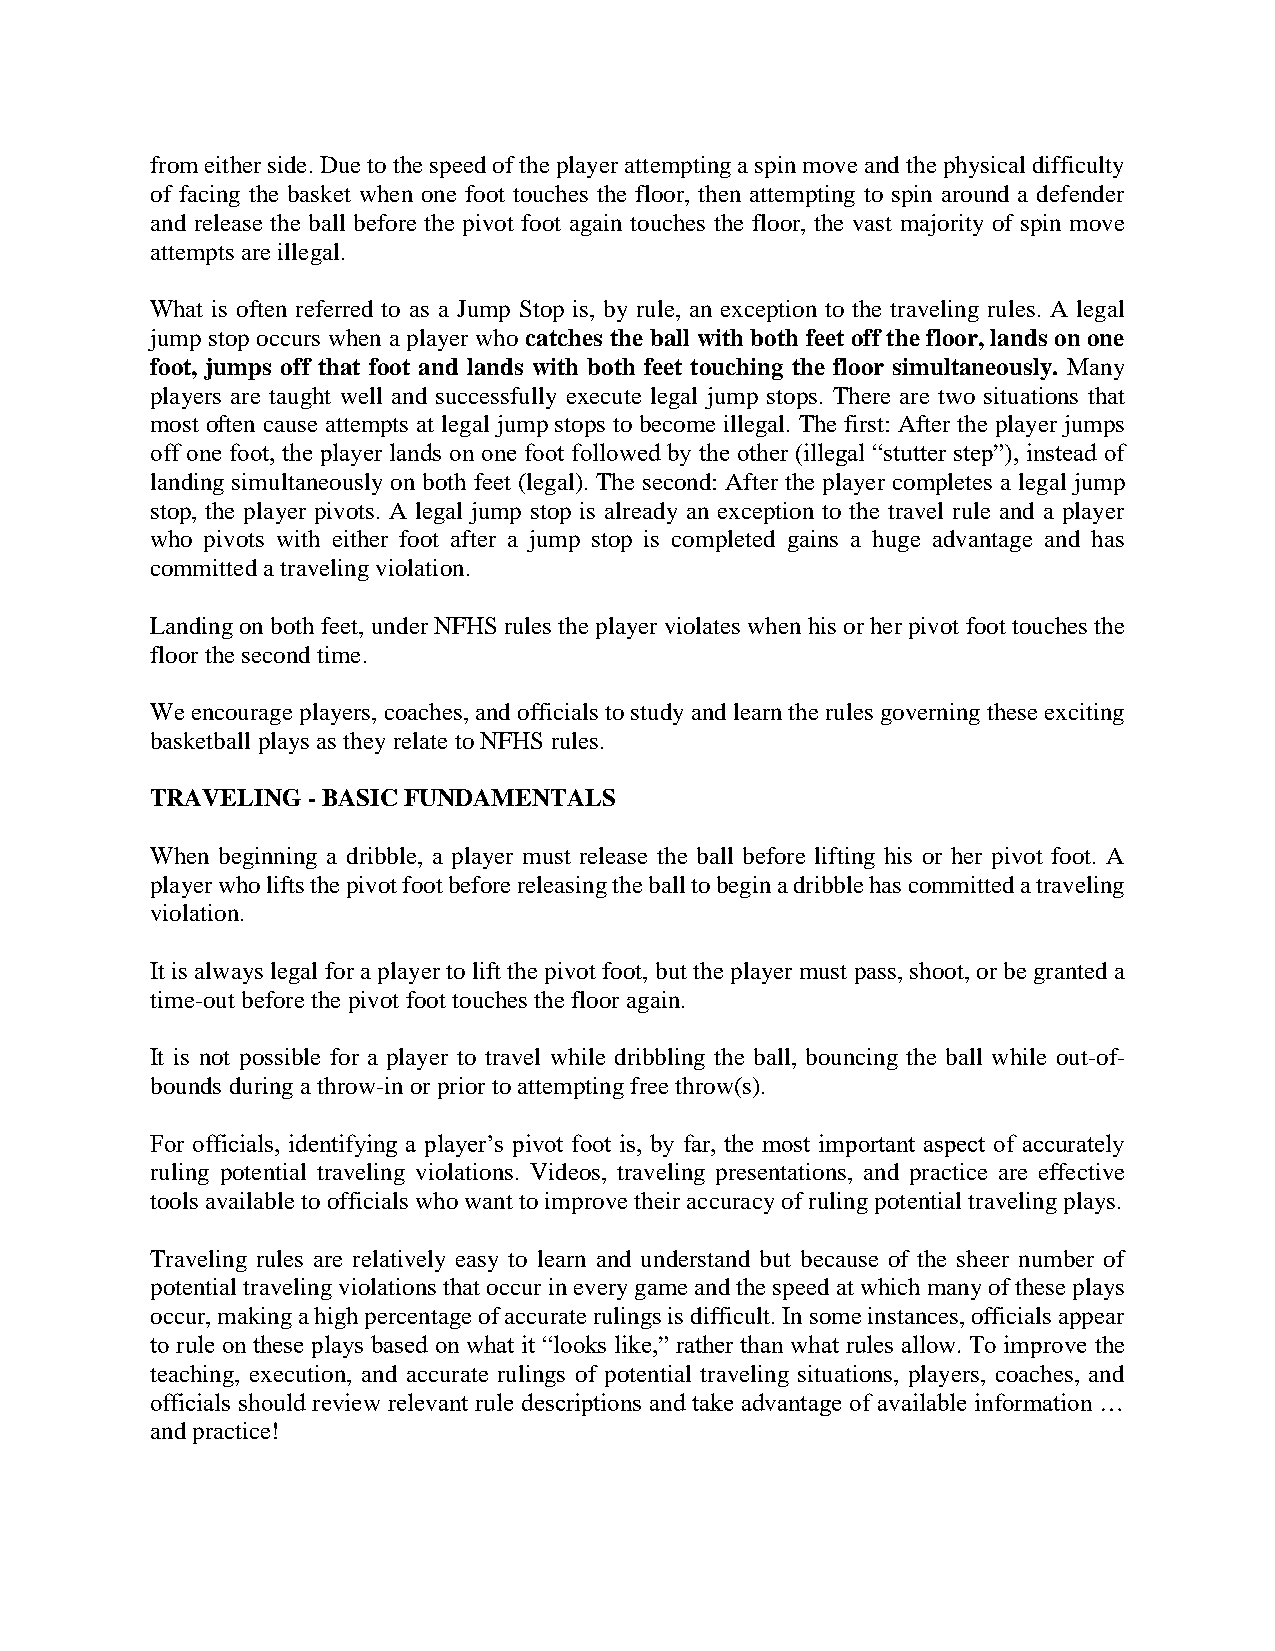
from either side. Due to the speed of the player attempting a spin move and the physical difficulty
 of facing the basket when one foot touches the floor, then attempting to spin around a defender
 and release the ball before the pivot foot again touches the floor, the vast majority of spin move
 attempts are illegal.
 What is often referred to as a Jump Stop is, by rule, an exception to the traveling rules. A legal
 jump stop occurs when a player who catches the ball with both feet off the floor, lands on one
 foot, jumps off that foot and lands with both feet touching the floor simultaneously. Many
 players are taught well and successfully execute legal jump stops. There are two situations that
 most often cause attempts at legal jump stops to become illegal. The first: After the player jumps
 off one foot, the player lands on one foot followed by the other (illegal “stutter step”), instead of
 landing simultaneously on both feet (legal). The second: After the player completes a legal jump
 stop, the player pivots. A legal jump stop is already an exception to the travel rule and a player
 who pivots with either foot after a jump stop is completed gains a huge advantage and has
 committed a traveling violation.
 Landing on both feet, under NFHS rules the player violates when his or her pivot foot touches the
 floor the second time.
 We encourage players, coaches, and officials to study and learn the rules governing these exciting
 basketball plays as they relate to NFHS rules.
 TRAVELING - BASIC FUNDAMENTALS
 When beginning a dribble, a player must release the ball before lifting his or her pivot foot. A
 player who lifts the pivot foot before releasing the ball to begin a dribble has committed a traveling
 violation.
 It is always legal for a player to lift the pivot foot, but the player must pass, shoot, or be granted a
 time-out before the pivot foot touches the floor again.
 It is not possible for a player to travel while dribbling the ball, bouncing the ball while out-of-
 bounds during a throw-in or prior to attempting free throw(s).
 For officials, identifying a player’s pivot foot is, by far, the most important aspect of accurately
 ruling potential traveling violations. Videos, traveling presentations, and practice are effective
 tools available to officials who want to improve their accuracy of ruling potential traveling plays.
 Traveling rules are relatively easy to learn and understand but because of the sheer number of
 potential traveling violations that occur in every game and the speed at which many of these plays
 occur, making a high percentage of accurate rulings is difficult. In some instances, officials appear
 to rule on these plays based on what it “looks like,” rather than what rules allow. To improve the
 teaching, execution, and accurate rulings of potential traveling situations, players, coaches, and
 officials should review relevant rule descriptions and take advantage of available information …
 and practice!